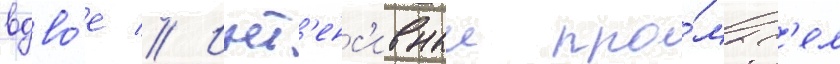
вдво́е // Инт'енс'ивныи про́мыс'ел